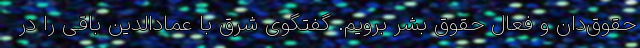
حقوق‌دان و فعال حقوق بشر برویم. گفتگوی شرق با عمادالدین باقی را در